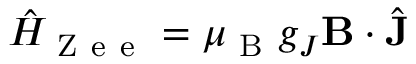
\hat { H } _ { \mathrm { ~ Z ~ e ~ e ~ } } = \mu _ { \mathrm { ~ B ~ } } g _ { J } \mathbf { B } \cdot \hat { \mathbf { J } }